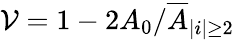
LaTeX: \mathcal{V}=1-{2A_{0}}/{\overline{{{A}}}_{|i|\geq2}}